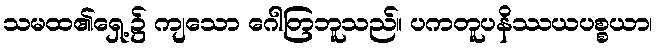
သမထ၏ရှေ့၌ ကျသော ဂေါတြဘူသည်။ ပကတူပနိဿယပစ္စယာ၊